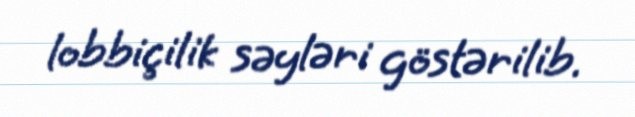
lobbiçilik səyləri göstərilib.